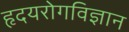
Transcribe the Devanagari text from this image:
हृदयरोगविज्ञान